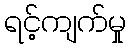
ရင့်ကျက်မှု